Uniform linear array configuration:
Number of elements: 48
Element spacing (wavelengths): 0.75
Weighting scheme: kaiser
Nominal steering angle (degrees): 15
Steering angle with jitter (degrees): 15.869
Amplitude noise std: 0.05
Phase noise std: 0.05

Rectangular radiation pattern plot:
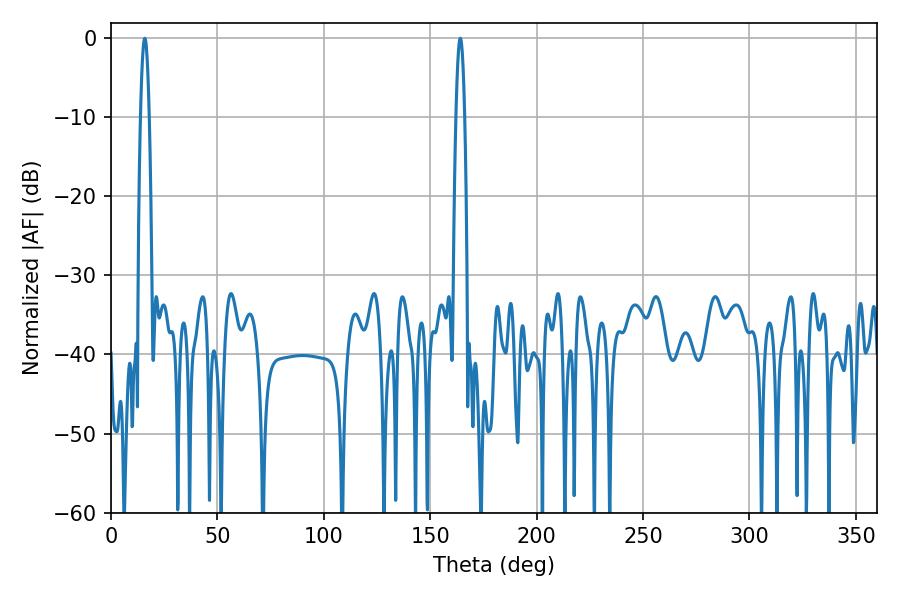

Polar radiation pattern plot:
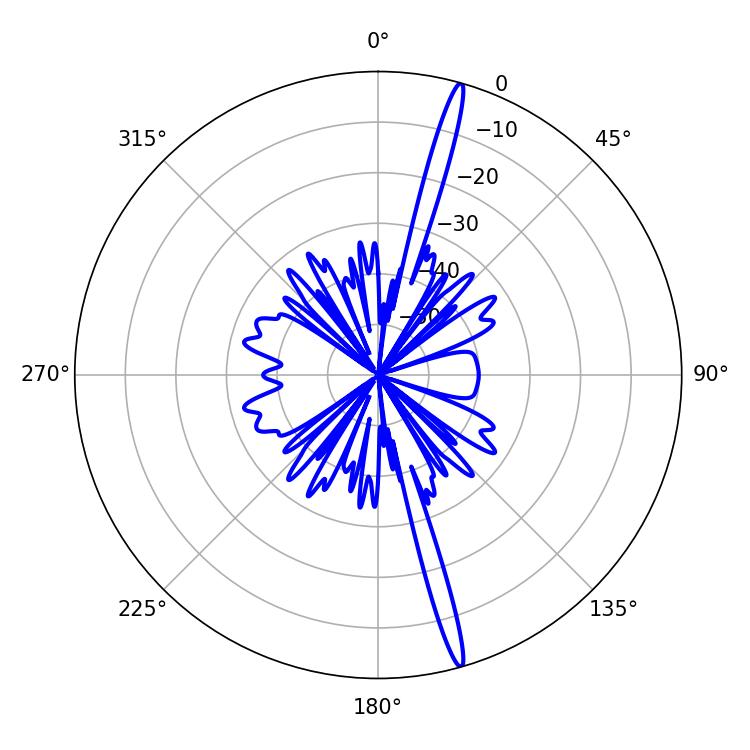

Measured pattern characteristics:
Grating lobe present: TRUE
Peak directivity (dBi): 19.306
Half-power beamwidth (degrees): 2.16
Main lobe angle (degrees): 15.84